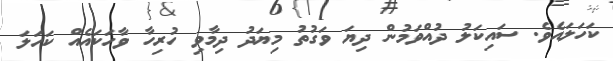
ކަހަލައެވެ. ސައިކަލު ދުއްވަމުން ދިޔަ ވަގުތު މިޔަދު ދިމާވި ހުރިހާ ވާހަކައެއް ކަހަލަ